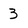
Character: 3